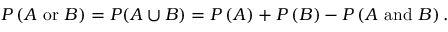
P \left( A { \mathrm { ~ o r ~ } } B \right) = P ( A \cup B ) = P \left( A \right) + P \left( B \right) - P \left( A { \mathrm { ~ a n d ~ } } B \right) .